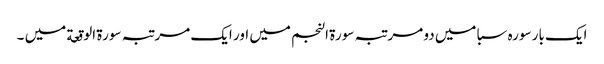
ایک بار سورہ سبا میں دو مر تبہ سورة النجم میں اور ایک مرتبہ سورة الوقعة میں ۔